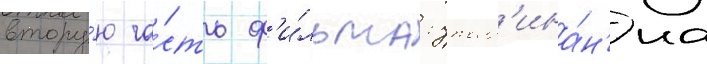
втору́ю ча́сть ф'и́льма: упом'ина́н'иа